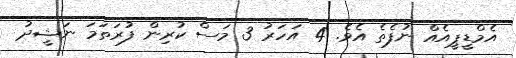
އެމްޑީޕީއެއް ނުފެތެ އެވެ. 4 އަހަރު 3 މަސް ކުރިން ފުރަތަމަ ނަޝީދު